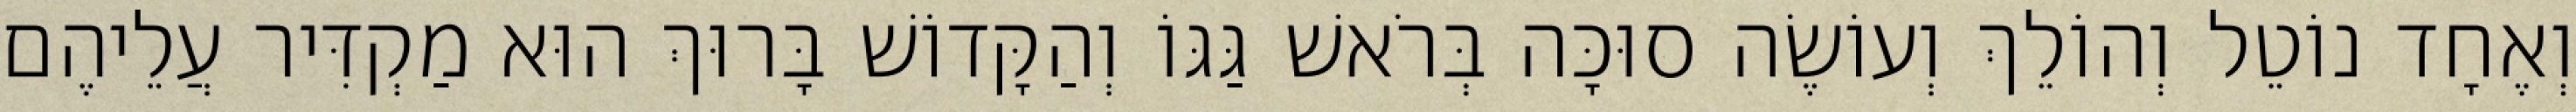
וְאֶחָד נוֹטֵל וְהוֹלֵךְ וְעוֹשֶׂה סוּכָּה בְּרֹאשׁ גַּגּוֹ וְהַקָּדוֹשׁ בָּרוּךְ הוּא מַקְדִּיר עֲלֵיהֶם